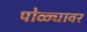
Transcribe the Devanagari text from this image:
पोळ्यावर